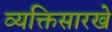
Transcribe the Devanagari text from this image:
व्यक्तिसारखे